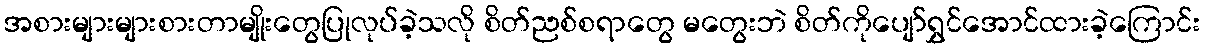
အစားများများစားတာမျိုးတွေပြုလုပ်ခဲ့သလို စိတ်ညစ်စရာတွေ မတွေးဘဲ စိတ်ကိုပျော်ရွှင်အောင်ထားခဲ့ကြောင်း